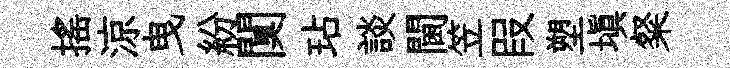
摇涼曳紛闃玷談閫笠叚塑塡粲